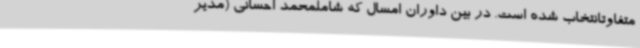
متفاوتانتخاب شده است. در بین داوران امسال که شاملمحمد احسانی (مدیر